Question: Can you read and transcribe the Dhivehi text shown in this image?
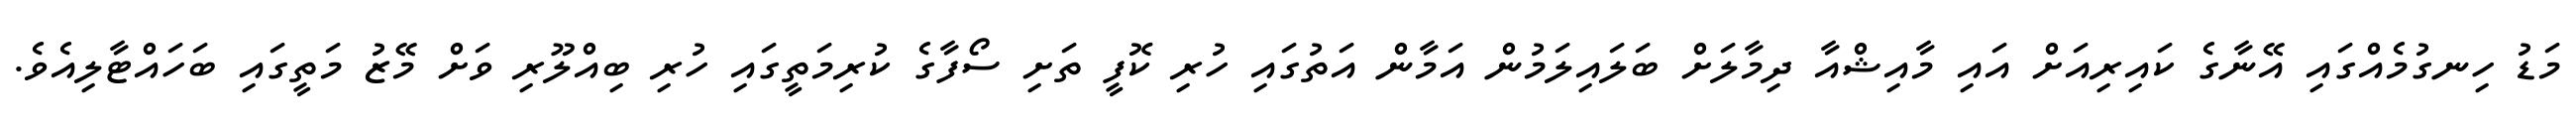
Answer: މަޑު ހިނގުމެއްގައި އޭނާގެ ކައިރިއަށް އައި މާއިޝްއާ ދިމާލަށް ބަލައިލަމުން އަމާން އަތުގައި ހުރި ކޮފީ ތަށި ސޯފާގެ ކުރިމަތީގައި ހުރި ބިއްލޫރި ވަށް މޭޒު މަތީގައި ބަހައްޓާލިއެވެ.